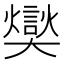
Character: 𪥢